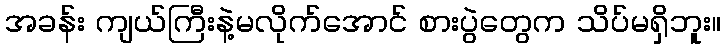
အခန်း ကျယ်ကြီးနဲ့မလိုက်အောင် စားပွဲတွေက သိပ်မရှိဘူး။